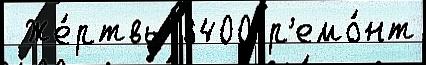
 Же́ртвы 8400 р'емо́нт